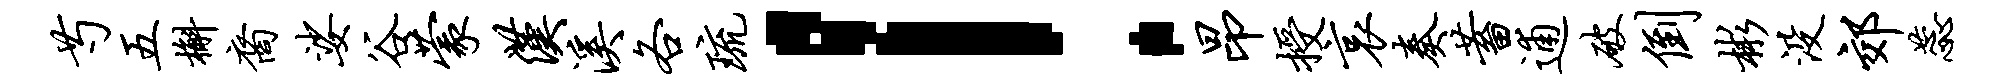
芍五槲裔娑谷蒙汉溪各琉！昂授哀奏蓄逋破倒彬没郊蕊